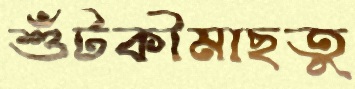
শুঁটকীমাছতু